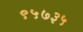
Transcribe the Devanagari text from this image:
९५७३५